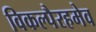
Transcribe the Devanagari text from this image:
विकल्पैरहमेव